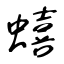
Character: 蟢